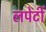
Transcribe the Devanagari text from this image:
लपेटीं